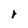
Character: r